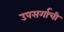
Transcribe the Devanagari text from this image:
उपसर्गाची